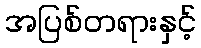
အပြစ်တရားနှင့်